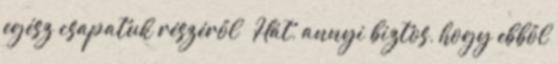
egész csapatuk részéről ” Hát, annyi biztos, hogy ebből